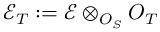
{ \mathcal { E } } _ { T } : = { \mathcal { E } } \otimes _ { O _ { S } } O _ { T }